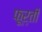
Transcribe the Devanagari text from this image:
फूर्ती